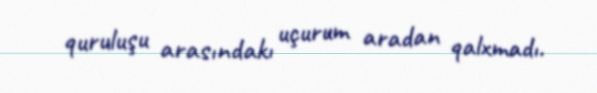
quruluşu arasındakı uçurum aradan qalxmadı.